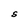
Character: S